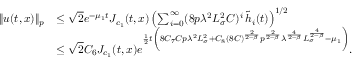
\begin{array} { r l } { \| u ( t , x ) \| _ { p } } & { \le \sqrt 2 e ^ { - \mu _ { 1 } t } J _ { c _ { 1 } } ( t , x ) \left( \sum _ { i = 0 } ^ { \infty } ( 8 p \lambda ^ { 2 } L _ { \sigma } ^ { 2 } C ) ^ { i } \, \widetilde { h } _ { i } ( t ) \right) ^ { 1 / 2 } } \\ & { \le \sqrt 2 C _ { 6 } J _ { c _ { 1 } } ( t , x ) e ^ { \frac 1 2 t \left( 8 C _ { 7 } C p \lambda ^ { 2 } L _ { \sigma } ^ { 2 } + C _ { 8 } ( 8 C ) ^ { \frac { 2 } { 2 - \beta } } p ^ { \frac { 2 } { 2 - \beta } } \lambda ^ { \frac { 4 } { 2 - \beta } } L _ { \sigma } ^ { \frac { 4 } { 2 - \beta } } - \mu _ { 1 } \right) } . } \end{array}